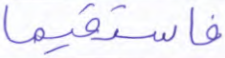
فاستقيما